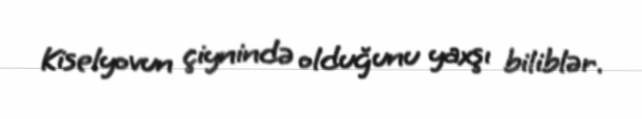
Kiselyovun çiynində olduğunu yaxşı biliblər.